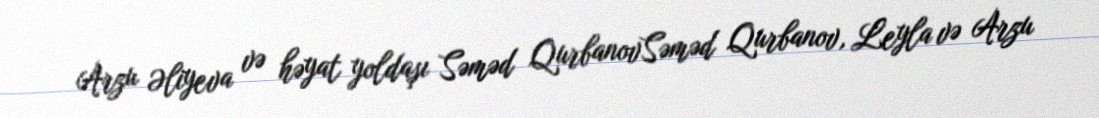
Arzu Əliyeva və həyat yoldaşı Səməd QurbanovSəməd Qurbanov, Leyla və Arzu